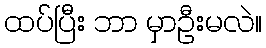
ထပ်ပြီး ဘာ မှာဦးမလဲ။